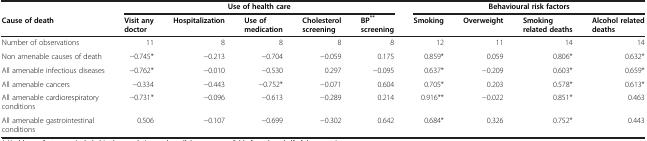
<table><thead><tr><td rowspan="2"><b>Cause of death</b></td><td colspan="5"><b>Use of health care</b></td><td colspan="4"><b>Behavioural risk factors</b></td></tr><tr><td><b>Visit any doctor</b></td><td><b>Hospitalization</b></td><td><b>Use of medication</b></td><td><b>Cholesterol screening</b></td><td><b>BP<sup>**</sup>screening</b></td><td><b>Smoking</b></td><td><b>Overweight</b></td><td><b>Smoking related deaths</b></td><td><b>Alcohol related deaths</b></td></tr></thead><tbody><tr><td>Number of observations</td><td>11</td><td>8</td><td>8</td><td>8</td><td>8</td><td>12</td><td>11</td><td>14</td><td>14</td></tr><tr><td>Non amenable causes of death</td><td>−0.745*</td><td>−0.213</td><td>−0.704</td><td>−0.059</td><td>0.175</td><td>0.859*</td><td>0.059</td><td>0.806*</td><td>0.632*</td></tr><tr><td>All amenable infectious diseases</td><td>−0.762*</td><td>−0.010</td><td>−0.530</td><td>0.297</td><td>−0.095</td><td>0.637*</td><td>−0.209</td><td>0.603*</td><td>0.659*</td></tr><tr><td>All amenable cancers</td><td>−0.334</td><td>−0.443</td><td>−0.752*</td><td>−0.071</td><td>0.604</td><td>0.705*</td><td>0.203</td><td>0.578*</td><td>0.613*</td></tr><tr><td>All amenable cardiorespiratory conditions</td><td>−0.731*</td><td>−0.096</td><td>−0.613</td><td>−0.289</td><td>0.214</td><td>0.916**</td><td>−0.022</td><td>0.851*</td><td>0.463</td></tr><tr><td>All amenable gastrointestinal conditions</td><td>0.506</td><td>−0.107</td><td>−0.699</td><td>−0.302</td><td>0.642</td><td>0.684*</td><td>0.326</td><td>0.752*</td><td>0.443</td></tr></tbody></table>